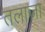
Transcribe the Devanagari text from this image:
तलाजा